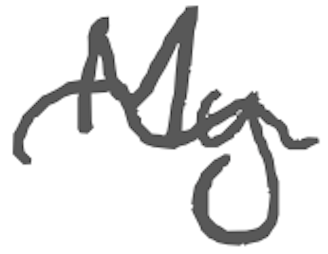
Text: My
Cross-out: mix
Writing tool: digital_gray